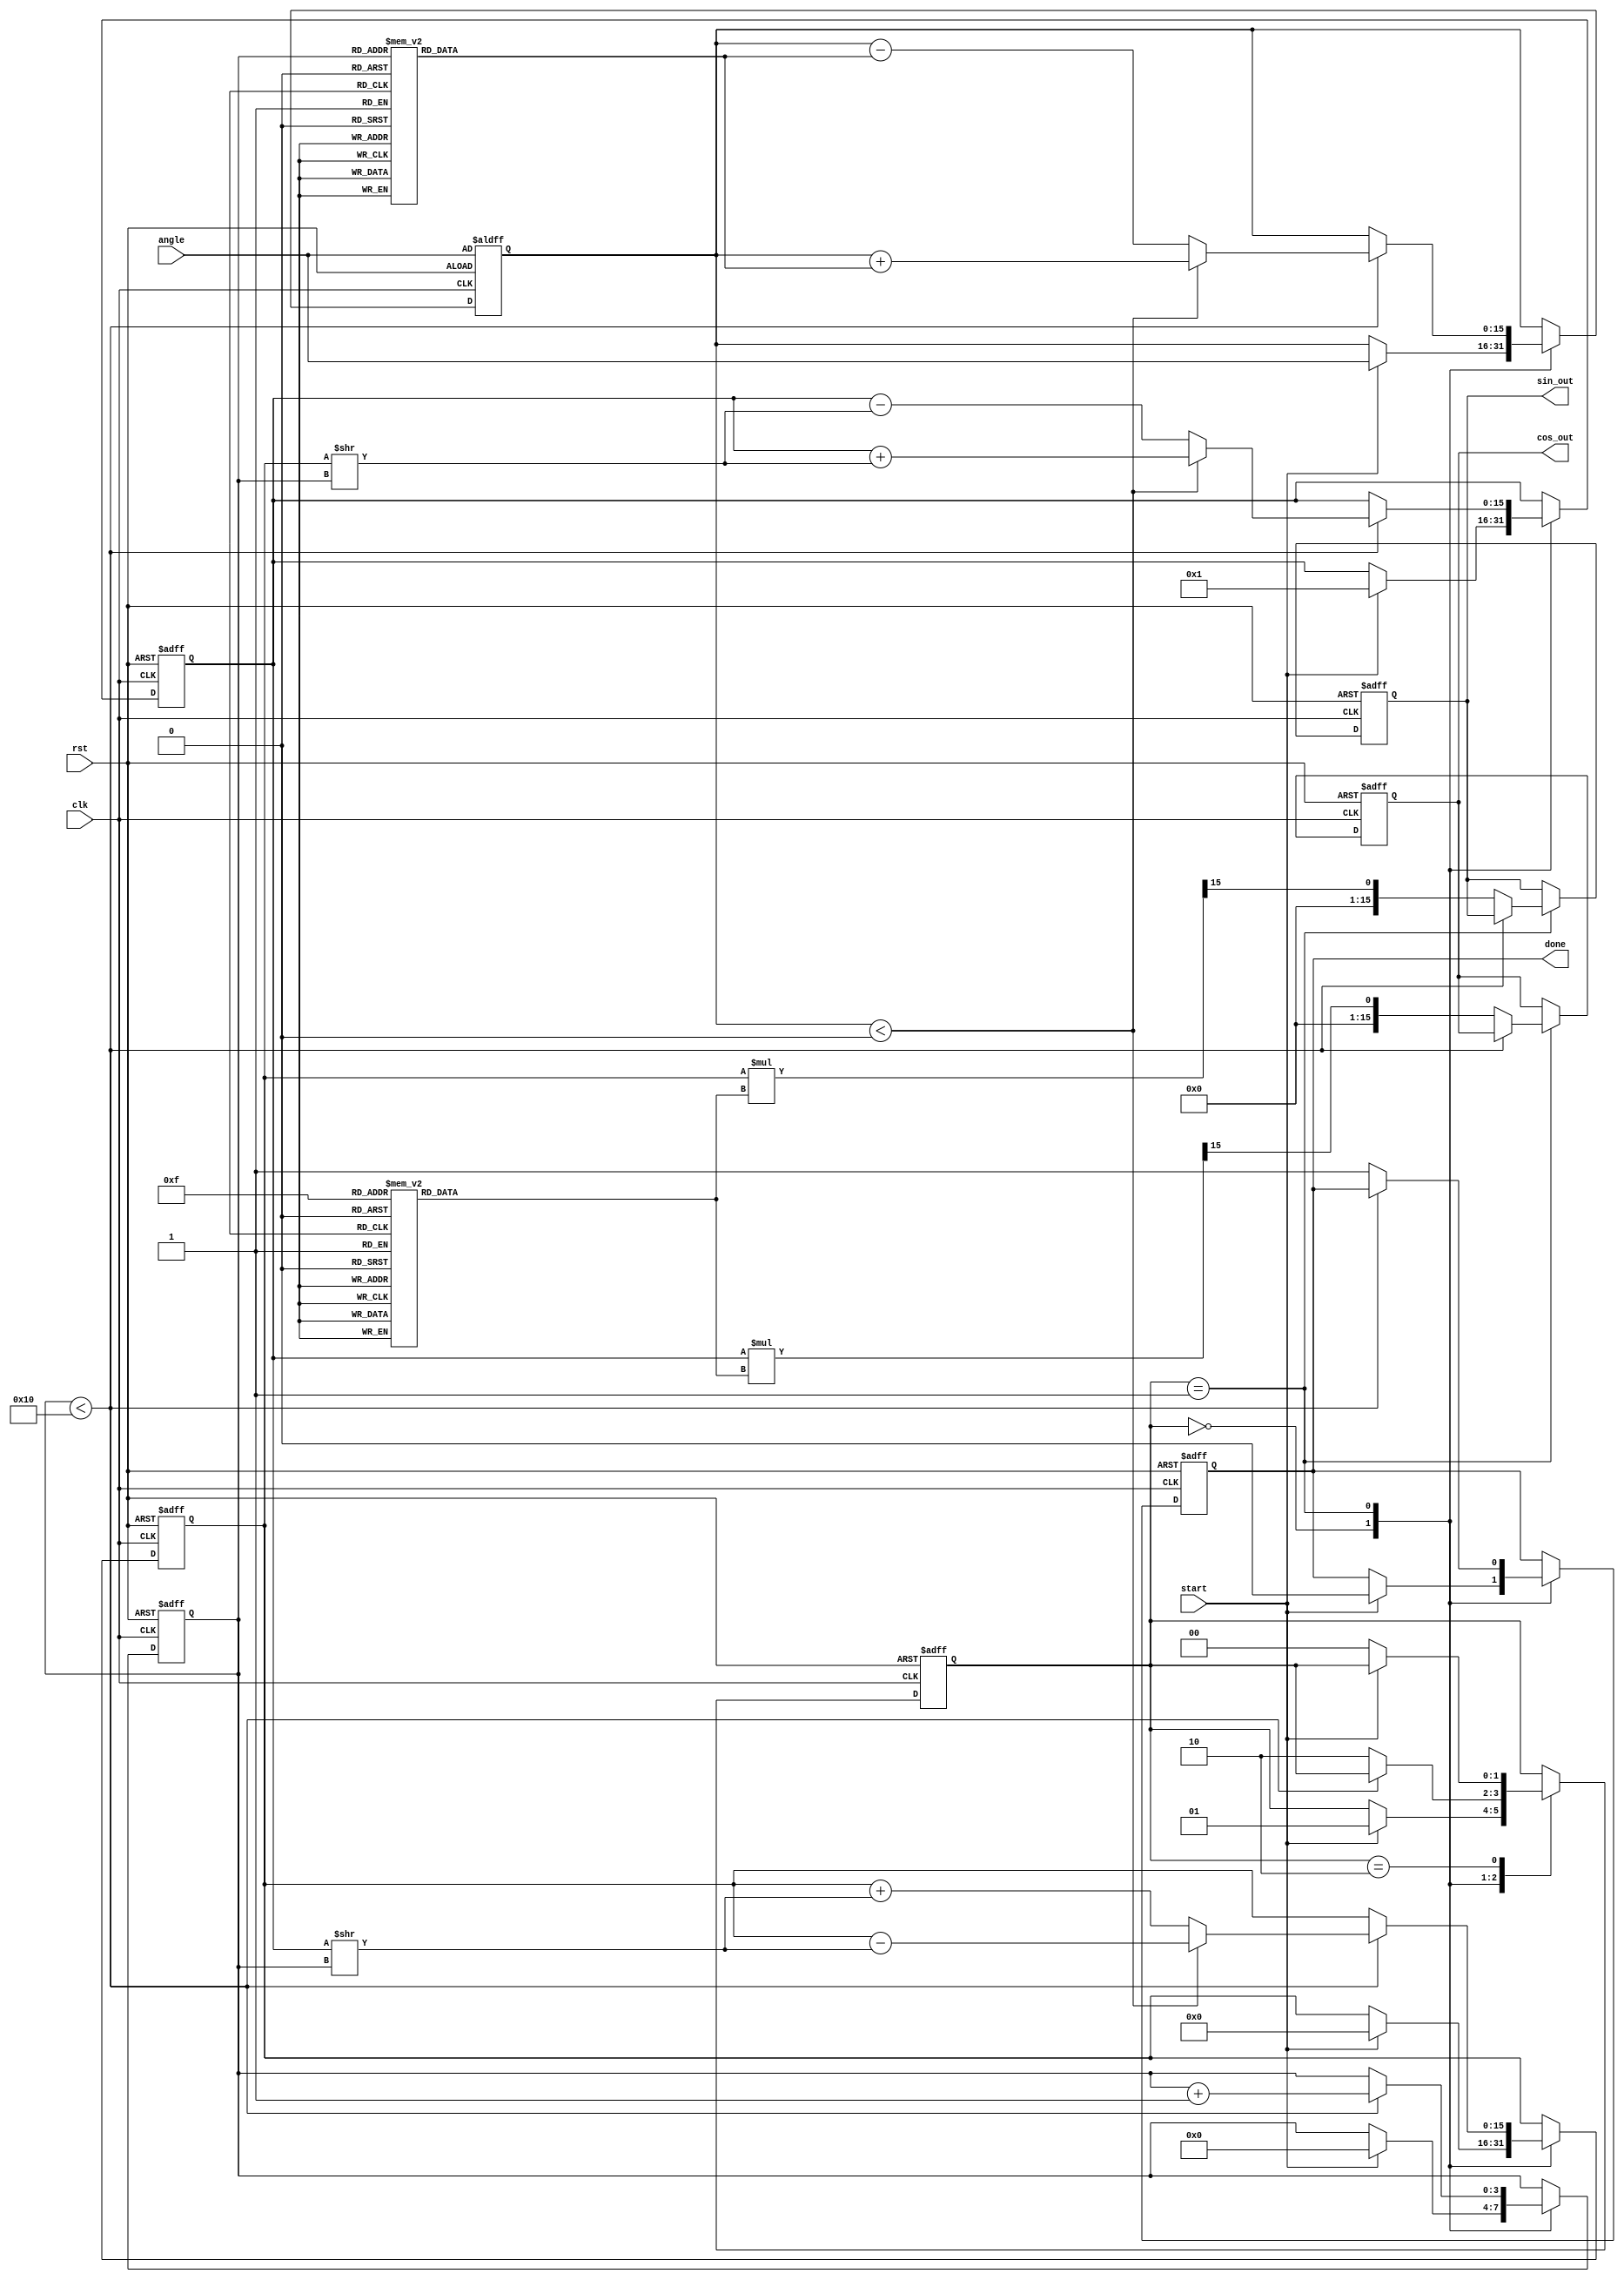
module cordic (
    input wire clk,
    input wire rst,
    input wire start,
    input wire [15:0] angle, // Input angle in fixed-point format (16 bits)
    output reg [15:0] cos_out, // Output cosine value
    output reg [15:0] sin_out, // Output sine value
    output reg done // Indicates completion of computation
);

    // Parameters
    parameter NUM_ITERATIONS = 16; // Number of CORDIC iterations
    parameter LUT_SIZE = 16; // Size of the LUTs

    // Lookup tables for angles and gains
    reg [15:0] angle_lut [0:LUT_SIZE-1]; // Angle LUT
    reg [15:0] gain_lut [0:LUT_SIZE-1]; // Gain LUT

    // Internal registers
    reg [15:0] x, y, z; // x, y coordinates and angle
    reg [3:0] iteration; // Iteration counter
    reg [1:0] state; // State machine for control logic

    // State machine states
    localparam IDLE = 2'b00;
    localparam COMPUTE = 2'b01;
    localparam DONE = 2'b10;

    // Initialize LUTs
    initial begin
        // Populate angle LUT with precomputed angles (in fixed-point format)
        angle_lut[0] = 16'h0000; // atan(2^0)
        angle_lut[1] = 16'h3C90; // atan(2^-1)
        angle_lut[2] = 16'h3C30; // atan(2^-2)
        angle_lut[3] = 16'h3B60; // atan(2^-3)
        angle_lut[4] = 16'h3B00; // atan(2^-4)
        angle_lut[5] = 16'h3A40; // atan(2^-5)
        angle_lut[6] = 16'h39A0; // atan(2^-6)
        angle_lut[7] = 16'h3930; // atan(2^-7)
        angle_lut[8] = 16'h38E0; // atan(2^-8)
        angle_lut[9] = 16'h3880; // atan(2^-9)
        angle_lut[10] = 16'h3840; // atan(2^-10)
        angle_lut[11] = 16'h3800; // atan(2^-11)
        angle_lut[12] = 16'h07C0; // atan(2^-12)
        angle_lut[13] = 16'h0780; // atan(2^-13)
        angle_lut[14] = 16'h0740; // atan(2^-14)
        angle_lut[15] = 16'h0700; // atan(2^-15)

        // Populate gain LUT with precomputed gain values
        gain_lut[0] = 16'h0000; // Gain for 0 iterations
        gain_lut[1] = 16'h0001; // Gain for 1 iteration
        gain_lut[2] = 16'h0001; // Gain for 2 iterations
        gain_lut[3] = 16'h0001; // Gain for 3 iterations
        gain_lut[4] = 16'h0001; // Gain for 4 iterations
        gain_lut[5] = 16'h0001; // Gain for 5 iterations
        gain_lut[6] = 16'h0001; // Gain for 6 iterations
        gain_lut[7] = 16'h0001; // Gain for 7 iterations
        gain_lut[8] = 16'h0001; // Gain for 8 iterations
        gain_lut[9] = 16'h0001; // Gain for 9 iterations
        gain_lut[10] = 16'h0001; // Gain for 10 iterations
        gain_lut[11] = 16'h0001; // Gain for 11 iterations
        gain_lut[12] = 16'h0001; // Gain for 12 iterations
        gain_lut[13] = 16'h0001; // Gain for 13 iterations
        gain_lut[14] = 16'h0001; // Gain for 14 iterations
        gain_lut[15] = 16'h0001; // Gain for 15 iterations
    end

    // State machine and computation
    always @(posedge clk or posedge rst) begin
        if (rst) begin
            state <= IDLE;
            iteration <= 0;
            x <= 16'h0001; // Initial x value (1.0)
            y <= 16'h0000; // Initial y value (0.0)
            z <= angle; // Load input angle
            done <= 0;
            cos_out <= 0;
            sin_out <= 0;
        end else begin
            case (state)
                IDLE: begin
                    if (start) begin
                        state <= COMPUTE;
                        iteration <= 0;
                        x <= 16'h0001; // Initial x value (1.0)
                        y <= 16'h0000; // Initial y value (0.0)
                        z <= angle; // Load input angle
                        done <= 0;
                    end
                end

                COMPUTE: begin
                    if (iteration < NUM_ITERATIONS) begin
                        // CORDIC rotation
                        if (z < 0) begin
                            // Counterclockwise rotation
                            x <= x + (y >> iteration);
                            y <= y - (x >> iteration);
                            z <= z + angle_lut[iteration];
                        end else begin
                            // Clockwise rotation
                            x <= x - (y >> iteration);
                            y <= y + (x >> iteration);
                            z <= z - angle_lut[iteration];
                        end
                        iteration <= iteration + 1;
                    end else begin
                        // Scaling output
                        cos_out <= (x * gain_lut[NUM_ITERATIONS - 1]) >> 15; // Scale x
                        sin_out <= (y * gain_lut[NUM_ITERATIONS - 1]) >> 15; // Scale y
                        done <= 1;
                        state <= DONE;
                    end
                end

                DONE: begin
                    if (!start) begin
                        state <= IDLE; // Reset state on start signal low
                    end
                end
            endcase
        end
    end
endmodule